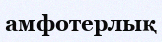
амфотерлық